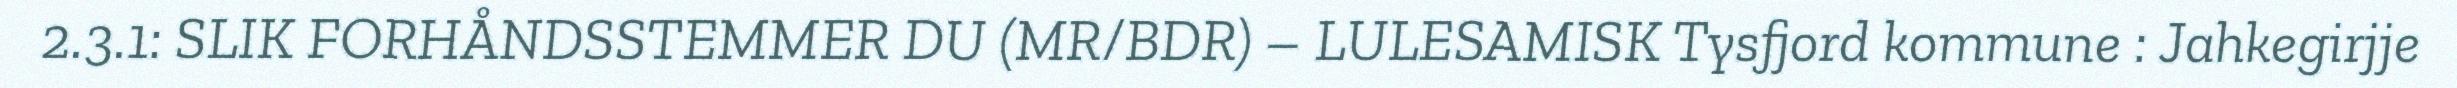
2.3.1: SLIK FORHÅNDSSTEMMER DU (MR/BDR) – LULESAMISK Tysfjord kommune : Jahkegirjje